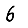
Digit: 6